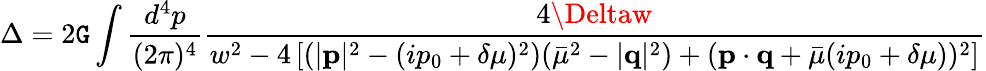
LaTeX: \Delta=2\mathtt{G}\int\frac{{d^{4}p}}{{(2\pi)^{4}}}\frac{{4\Deltaw}}{{w^{2}-4\left[(|{\mathbf{p}}|^{2}-(ip_{0}+\delta\mu)^{2})(\bar{{\mu}}^{2}-|{\mathbf{q}}|^{2})+({\mathbf{p}}\cdot{\mathbf{q}}+\bar{{\mu}}(ip_{0}+\delta\mu))^{2}\right]}}